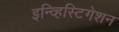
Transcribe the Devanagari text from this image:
इन्व्हिस्टिगेशन